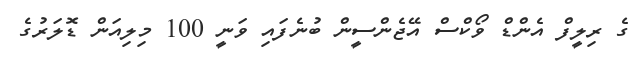
ގެ ރިލީފް އެންޑް ވޯކްސް އޭޖެންސީން ބުނެފައި ވަނީ 100 މިލިއަން ޑޮލަރުގެ